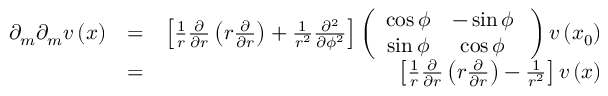
\begin{array} { r l r } { \partial _ { m } \partial _ { m } \boldsymbol { v } \left( \boldsymbol { x } \right) } & { = } & { \left[ \frac { 1 } { r } \frac { \partial } { \partial r } \left( r \frac { \partial } { \partial r } \right) + \frac { 1 } { r ^ { 2 } } \frac { \partial ^ { 2 } } { \partial \phi ^ { 2 } } \right] \left( \begin{array} { c c } { \cos \phi } & { - \sin \phi } \\ { \sin \phi } & { \cos \phi } \end{array} \; \right) \boldsymbol { v } \left( \boldsymbol { x } _ { 0 } \right) } \\ & { = } & { \left[ \frac { 1 } { r } \frac { \partial } { \partial r } \left( r \frac { \partial } { \partial r } \right) - \frac { 1 } { r ^ { 2 } } \right] \boldsymbol { v } \left( \boldsymbol { x } \right) } \end{array}